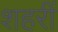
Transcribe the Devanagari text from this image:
शहरीं